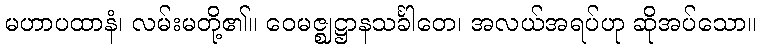
မဟာပထာနံ၊ လမ်းမတို့၏။ ဝေမဇ္ဈဋ္ဌာနသင်္ခါတေ၊ အလယ်အရပ်ဟု ဆိုအပ်သော။